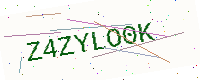
Text: Z4ZYLO0K